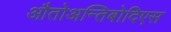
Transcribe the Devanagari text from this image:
औतोअन्तिबोदिएस